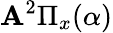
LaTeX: \mathbf{A}^{2}\Pi_{x}(\alpha)